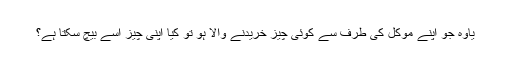
یاوہ جو اپنے مؤکل کی طرف سے کوئی چیز خریدنے والا ہو تو کیا اپنی چیز اُسے بیچ سکتا ہے؟